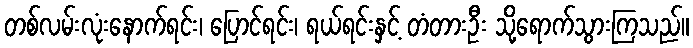
တစ်လမ်းလုံးနောက်ရင်း၊ ပြောင်ရင်း၊ ရယ်ရင်းနှင့် တံတားဦး သို့ရောက်သွားကြသည်။